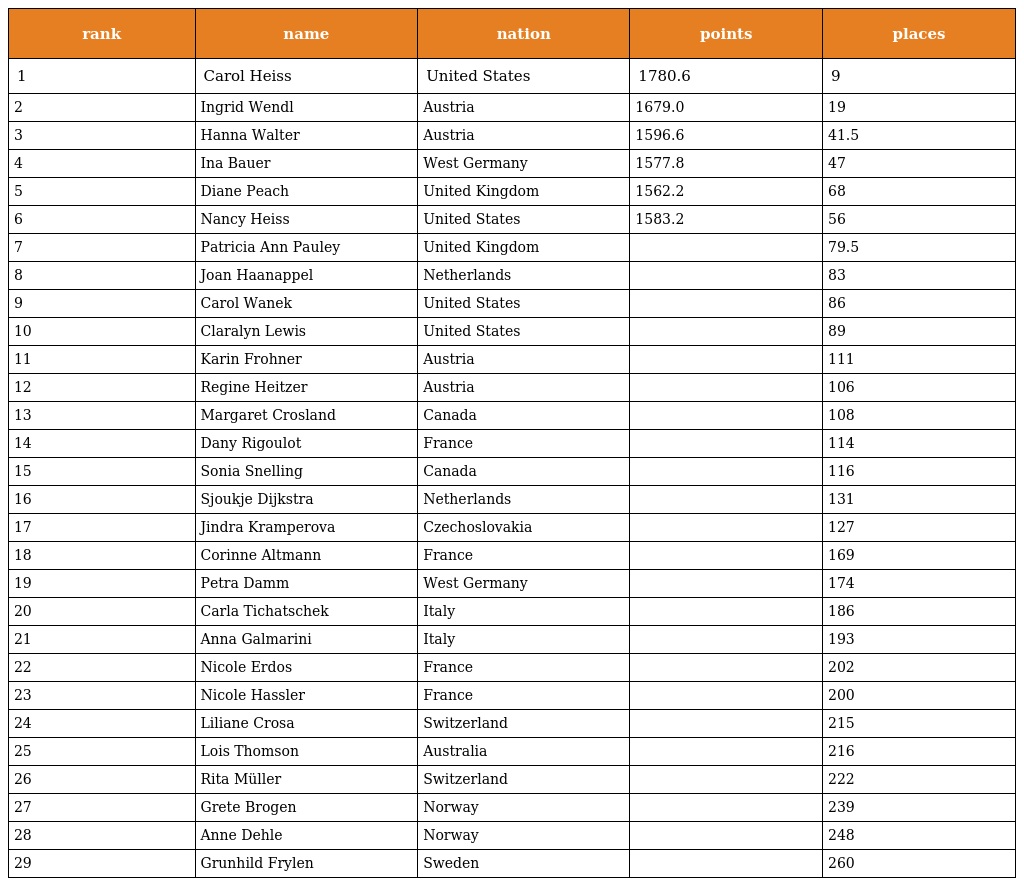
| rank | name | nation | points | places |
 | --- | --- | --- | --- | --- |
 | 1 | Carol Heiss | United States | 1780.6 | 9 |
 | 2 | Ingrid Wendl | Austria | 1679.0 | 19 |
 | 3 | Hanna Walter | Austria | 1596.6 | 41.5 |
 | 4 | Ina Bauer | West Germany | 1577.8 | 47 |
 | 5 | Diane Peach | United Kingdom | 1562.2 | 68 |
 | 6 | Nancy Heiss | United States | 1583.2 | 56 |
 | 7 | Patricia Ann Pauley | United Kingdom |  | 79.5 |
 | 8 | Joan Haanappel | Netherlands |  | 83 |
 | 9 | Carol Wanek | United States |  | 86 |
 | 10 | Claralyn Lewis | United States |  | 89 |
 | 11 | Karin Frohner | Austria |  | 111 |
 | 12 | Regine Heitzer | Austria |  | 106 |
 | 13 | Margaret Crosland | Canada |  | 108 |
 | 14 | Dany Rigoulot | France |  | 114 |
 | 15 | Sonia Snelling | Canada |  | 116 |
 | 16 | Sjoukje Dijkstra | Netherlands |  | 131 |
 | 17 | Jindra Kramperova | Czechoslovakia |  | 127 |
 | 18 | Corinne Altmann | France |  | 169 |
 | 19 | Petra Damm | West Germany |  | 174 |
 | 20 | Carla Tichatschek | Italy |  | 186 |
 | 21 | Anna Galmarini | Italy |  | 193 |
 | 22 | Nicole Erdos | France |  | 202 |
 | 23 | Nicole Hassler | France |  | 200 |
 | 24 | Liliane Crosa | Switzerland |  | 215 |
 | 25 | Lois Thomson | Australia |  | 216 |
 | 26 | Rita Müller | Switzerland |  | 222 |
 | 27 | Grete Brogen | Norway |  | 239 |
 | 28 | Anne Dehle | Norway |  | 248 |
 | 29 | Grunhild Frylen | Sweden |  | 260 |